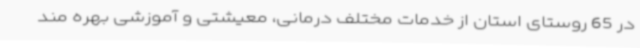
در 65 روستای استان از خدمات مختلف درمانی، معیشتی و آموزشی بهره مند